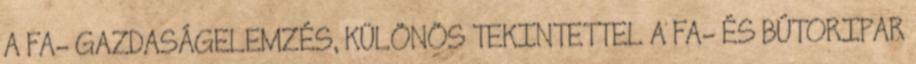
A FA- GAZDASÁGELEMZÉS, KÜLÖNÖS TEKINTETTEL A FA- ÉS BÚTORIPAR